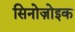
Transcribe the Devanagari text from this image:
सिनोज़ोइक